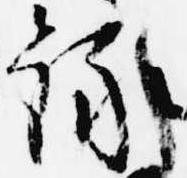
録